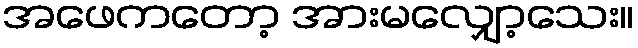
အဖေကတော့ အားမလျှော့သေး။